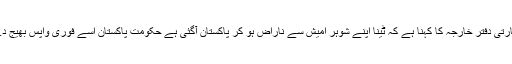
بھارتی دفتر خارجہ کا کہنا ہے کہ ٹینا اپنے شوہر امیش سے ناراض ہو کر پاکستان آگئی ہے حکومت پاکستان اسے فوری واپس بھیج دے۔